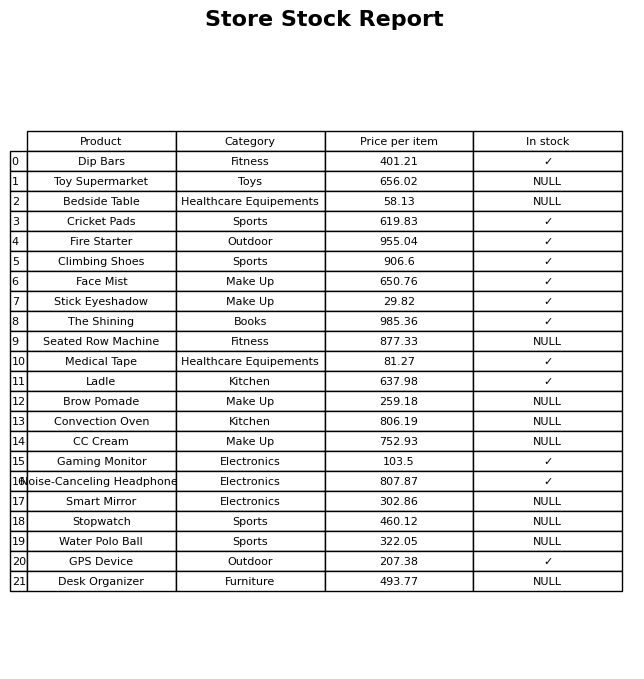
question: What is the stock status of the Face Mist?
answer: ✓